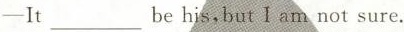
-It___behis,but I am not sure.